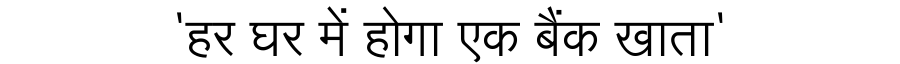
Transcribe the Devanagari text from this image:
'हर घर में होगा एक बैंक खाता'